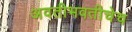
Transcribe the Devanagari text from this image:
अवतीभवतीचेच